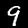
Label: 9